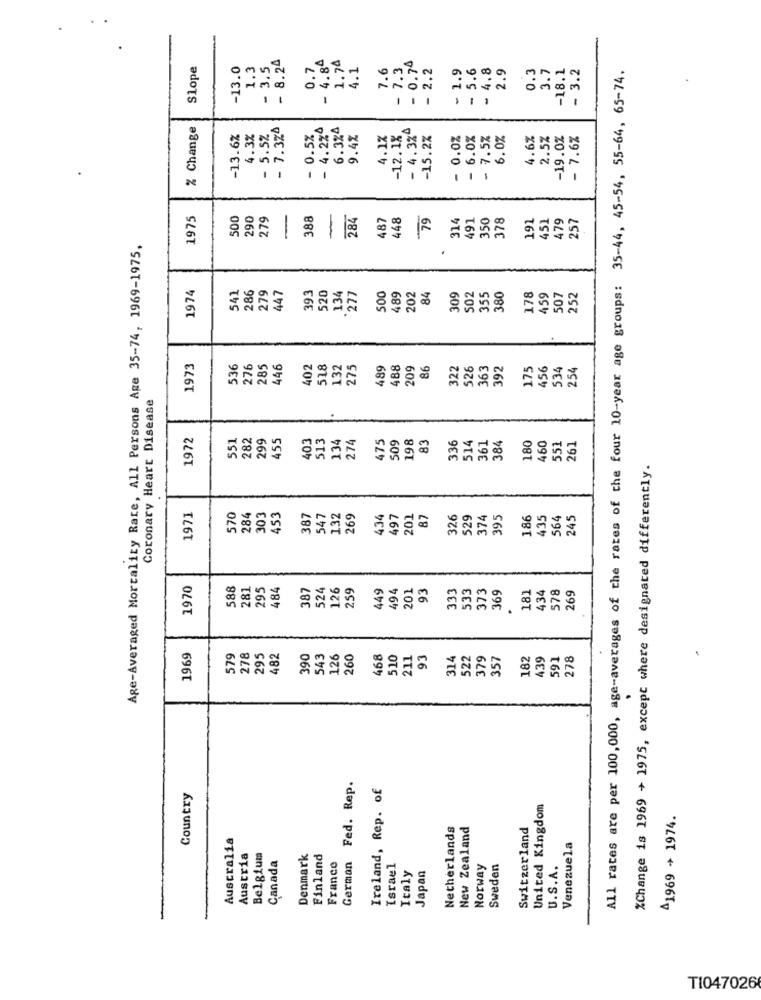
- 8.24
1.74
0.74
Slope
-13.0
1.3
3.5
0.7
- 4.84
1.1
7.6
- 7.3
2.2
- 1.9
. 5.6
2.9
0.3
3.7
- 3.2
All rates are per 100,000, age-averages of the rates of the four 10-year age groups: 35-44, 45-54, 55-64, 65-74.
-18.1
1
1
% Change
- 7.324
- 4.2%4
6.3%4
- 4.3%^
-13.6%
4.3%
- 5.5%
- 0.5%
9.4%
4.1%
-12.1%
-15.27
- 0.0%
- 6.0%
- 7.5%
6.0%
4.6%
2.5%
-19.0%
- 7.6%
1975
500
290
279
-
388
-
284
487
448
79
314
491
350
378
191
451
257
479
Age-Averaged Mortality Rate, All Persons Age 35-74, 1969-1975,
1974
84
541
286
279
447
393
520
134
277
500
489
202
309
502
355
380
178
459
507
252
1973
536
276
285
446
02
518
132
275
489
488
209
86
322
526
363
392
175
456
534
254
Coronary Heart Disease
1972
551
282
299
455
403
513
134
274
509
198
83
336
514
384
180
460
261
475
361
551
%Change is 1969 + 1975, except where designated differently.
1971
570
284
303
453
387
547
132
269
434
497
201
87
326
529
374
395
186
435
564
245
1970
588
281
295
484
387
524
126
259
449
494
93
333
533
373
181
434
578
269
201
369
1969
579
278
295
482
390
543
126
260
468
510
211
93
314
522
379
357
82
439
591
278
.
German Fed. Rep.
Ireland, Rep. of
Country
United Kingdom
41969 + 1974.
Netherlands
New Zealand
Switzerland
Australia
Venezuela
Austria
Belgium
Denmark
Finland
U.S.A.
Canada
France
Israel
Norway
Sweden
Italy
Japan
TI047026